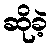
ဆိုခဲ့